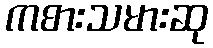
ကစားသမားဆု